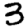
Digit: 3